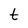
Character: t